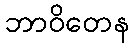
ဘာဝိတေန